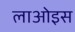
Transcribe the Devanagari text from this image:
लाओइस